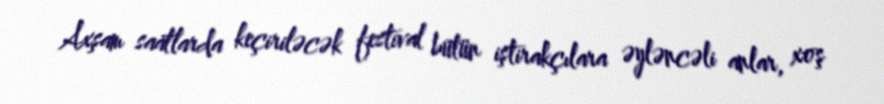
Axşam saatlarda keçiriləcək festival bütün iştirakçılara əyləncəli anlar, xoş